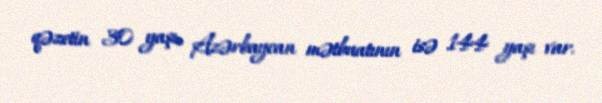
qəzetin 30 yaşı, Azərbaycan mətbuatının isə 144 yaşı var.